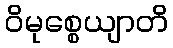
ဝိမုစ္စေယျာတိ